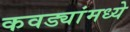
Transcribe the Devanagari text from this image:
कवड्यांमध्ये